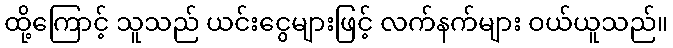
ထို့ကြောင့် သူသည် ယင်းငွေများဖြင့် လက်နက်များ ဝယ်ယူသည်။